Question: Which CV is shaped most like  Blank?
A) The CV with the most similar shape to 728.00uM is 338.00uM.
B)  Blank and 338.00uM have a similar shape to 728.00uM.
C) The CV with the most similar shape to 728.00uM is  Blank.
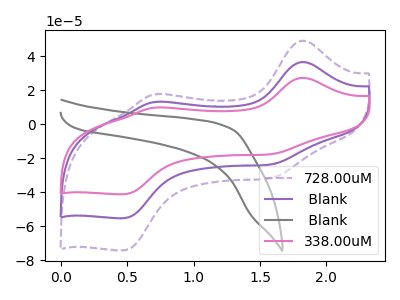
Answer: <think>The purple dashed curve "728.00uM" has anodic peaks at (1.80V, 49.15uA) (0.70V, 17.60uA) and cathodic peaks at (1.60V, -31.75uA) (0.45V, -74.25uA). The purple curve " Blank" has anodic peaks at (1.80V, 36.60uA) (0.70V, 13.10uA) and cathodic peaks at (1.60V, -23.65uA) (0.45V, -55.35uA). The gray curve " Blank" has no peaks. The pink curve "338.00uM" has anodic peaks at (1.80V, 73.20uA) (0.70V, 26.20uA) and cathodic peaks at (1.60V, -47.30uA) (0.45V, -110.65uA).
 All the peaks in "728.00uM" have a peak in " Blank" at the same potential. Every peak in "728.00uM" is higher than every peak in " Blank". "728.00uM" and " Blank" have a different number of peaks. All the peaks in "728.00uM" have a peak in "338.00uM" at the same potential. Every peak in "728.00uM" is lower than every peak in "338.00uM". " Blank" and " Blank" have a different number of peaks. All the peaks in " Blank" have a peak in "338.00uM" at the same potential. Every peak in " Blank" is lower than every peak in "338.00uM". " Blank" and "338.00uM" have a different number of peaks.</think>
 <answer>B) " Blank" and "338.00uM" have a similar shape to "728.00uM".</answer>
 <eval>B</eval>